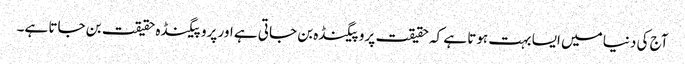
آج کی دنیا میں ایسا بہت ہوتا ہے کہ حقیقت پروپیگنڈہ بن جاتی ہے اور پروپیگنڈہ حقیقت بن جاتا ہے۔